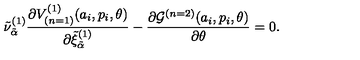
{ \tilde { \nu } } _ { \tilde { \alpha } } ^ { ( 1 ) } \frac { \partial V _ { ( n = 1 ) } ^ { ( 1 ) } ( a _ { i } , p _ { i } , \theta ) } { \partial { \tilde { \xi } } _ { \tilde { \alpha } } ^ { ( 1 ) } } - \frac { \partial { \cal G } ^ { ( n = 2 ) } ( a _ { i } , p _ { i } , \theta ) } { \partial \theta } = 0 .